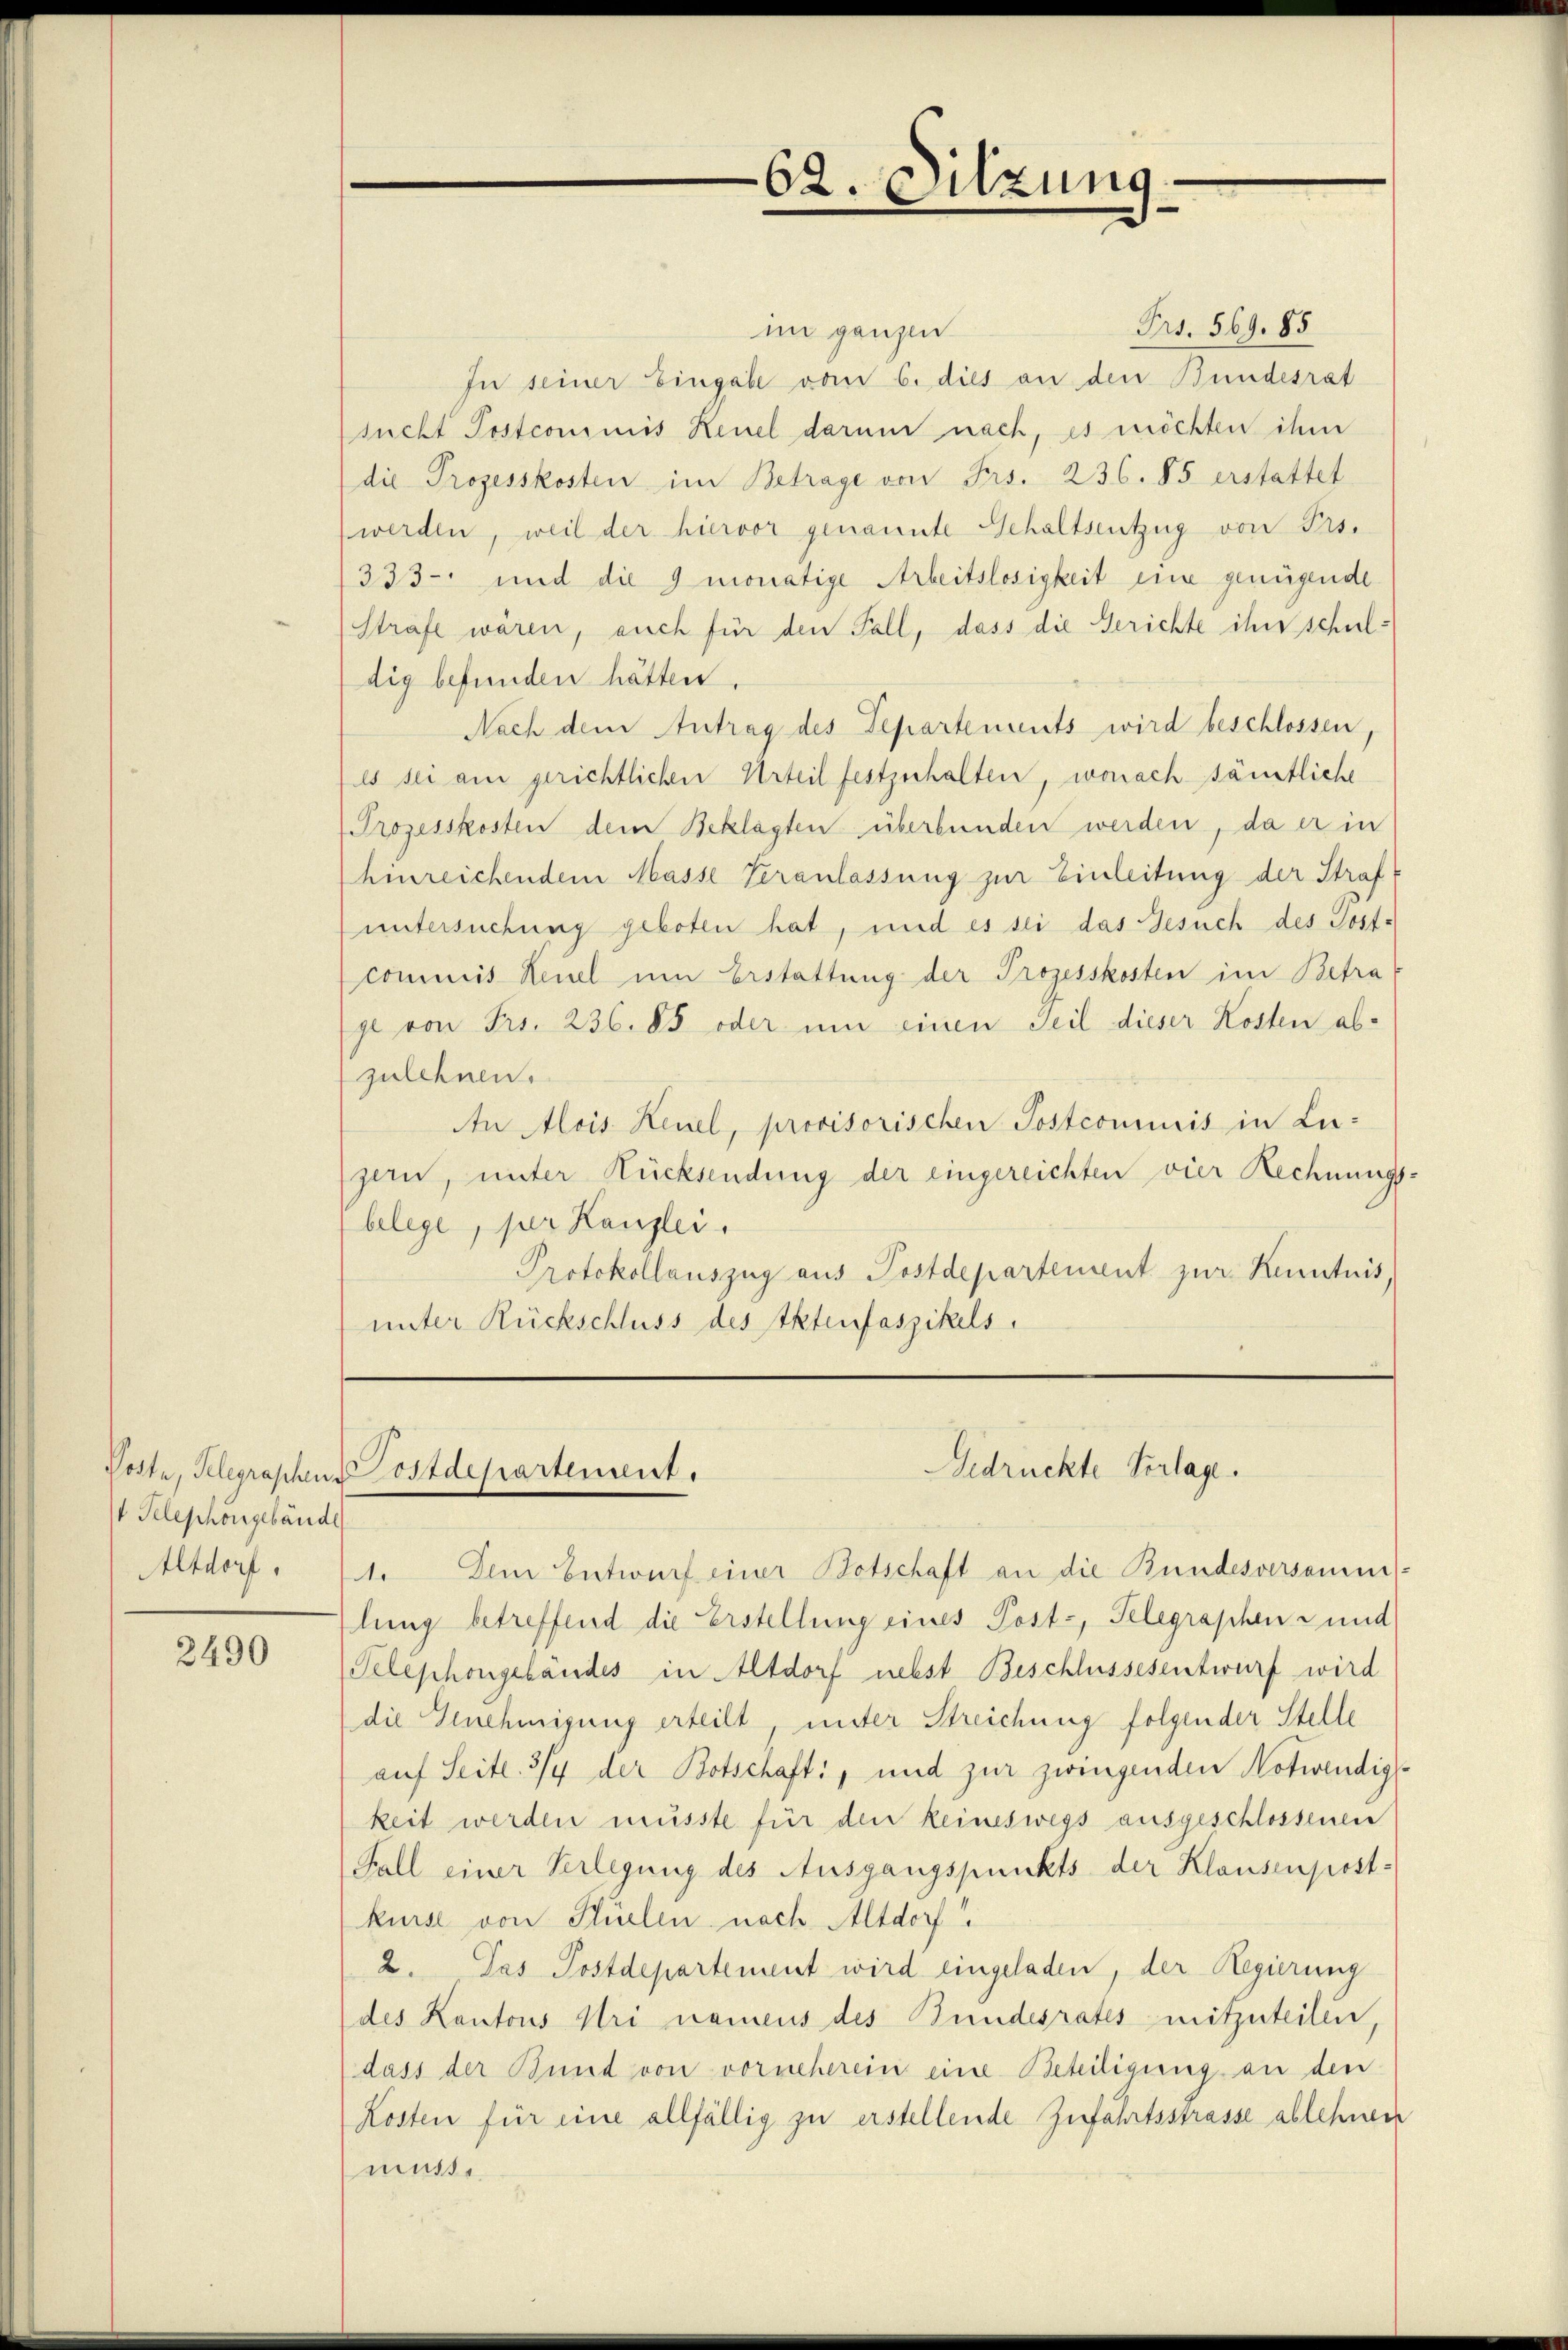
V. Pelephongebäude
Altdorf,

2490

Frs. 569. 85
im ganzen
In seiner Eingabe vom 6. dies an den Bundesrat
sucht Postcommis Keuel darum nach, es möchten ihm
die Prozesskosten im Betrage von Frs. 236. 85 erstattet
werden, weil der hiervor genannte Gehaltsentzug von Frs.
333 und die 3 monatige Arbeitslosigkeit eine genügende
Strafe wären, auch für den Fall, dass die Gerichte ihn schuldig befunden hätten.
Nach dem Antrag des Departements wird beschlossen
es sei am gerichtlichen Urteil festzuhalten, wonach sämtliche
Prozesskosten dem Beklagten überbunden werden, da er in
hinreichendem Masse Veranlassung zur Einleitung der Straft
untersuchung geboten hat, und es sei das Gesuch des Post-
commis Keuel um Erstattung der Prozesskosten im Betra
je von Frs. 236. 85 oder um einen Teil dieser Kosten ab-
zulehnen.
An Alois Keuel, provisorischen Postcommis in Lu-
zern, unter Rücksendung der eingereichten vier Rechnungs
belege, per Kanzlei.
Protokollauszug aus Postdepartement zur Kenntnis,
unter Rückschluss des Aktenfaszikels

62. Sitzung.

Gedrückte Verlage.
Poste, Gelegraphen ostdepartement.

1. Dem Entwurf einer Botschaft an die Bundesversamm
Zlung betreffend die Erstellung eines Post-, Telegraphen- und
Telephongebäudes in Altdorf nebst Beschlussesentwurf wird
die Genehmigung erteilt, unter Streichung folgender Stelle
auf Seite. 3/4 der Botschaft, und zur zwingenden Notwendig
keit werden musste für den keineswegs ausgeschlossenen
Fall einer Verlegung des Ausgangspunkts der Klausenpost-
kurse von Flüelen nach Altdorf
2. Das Postdepartement wird eingeladen, der Regierung
des Kantons Uri namens des Bundesrates mitzuteilen
dass der Bund von vorneherein eine Beteiligung an den
Kosten für eine allfällig zu erstellende Zufahrtsstrasse ablehnen
muss.